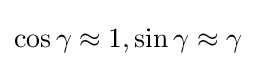
\cos \gamma \approx 1,\sin \gamma \approx \gamma